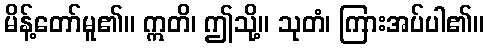
မိန့်တော်မူ၏။ ဣတိ၊ ဤသို့။ သုတံ၊ ကြားအပ်ပါ၏။